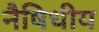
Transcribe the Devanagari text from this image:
नैषिधीय